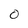
Character: 0